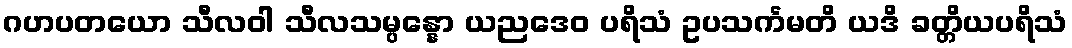
ဂဟပတယော သီလဝါ သီလသမ္ပန္နော ယညဒေဝ ပရိသံ ဥပသင်္ကမတိ ယဒိ ခတ္တိယပရိသံ